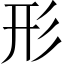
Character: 形